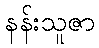
နန်းသူဇာ